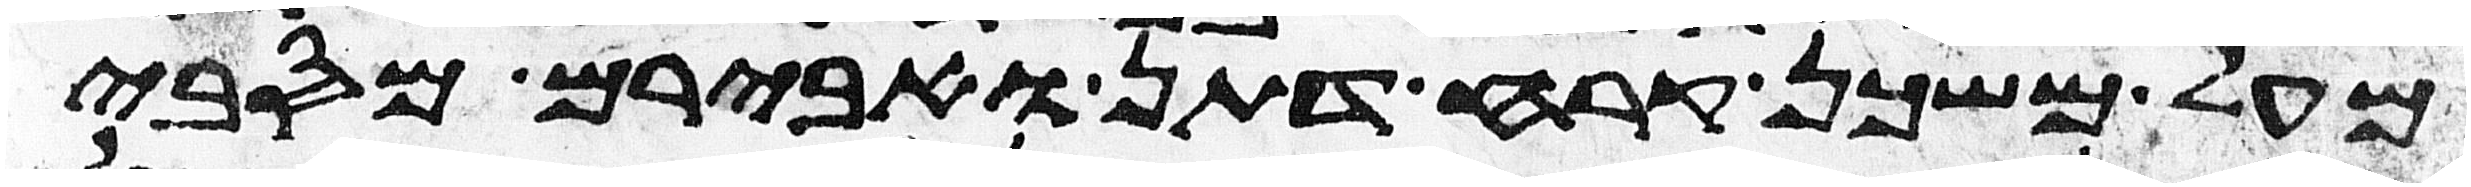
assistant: מעל משכן קרח דתן ואבירם מסביב